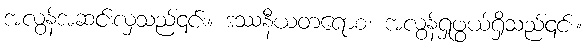
အလွန်အဆင်းလှသည်၎င်း။ ဒဿနီယတရောစ၊ အလွန်ရှုဖွယ်ရှိသည်၎င်း။